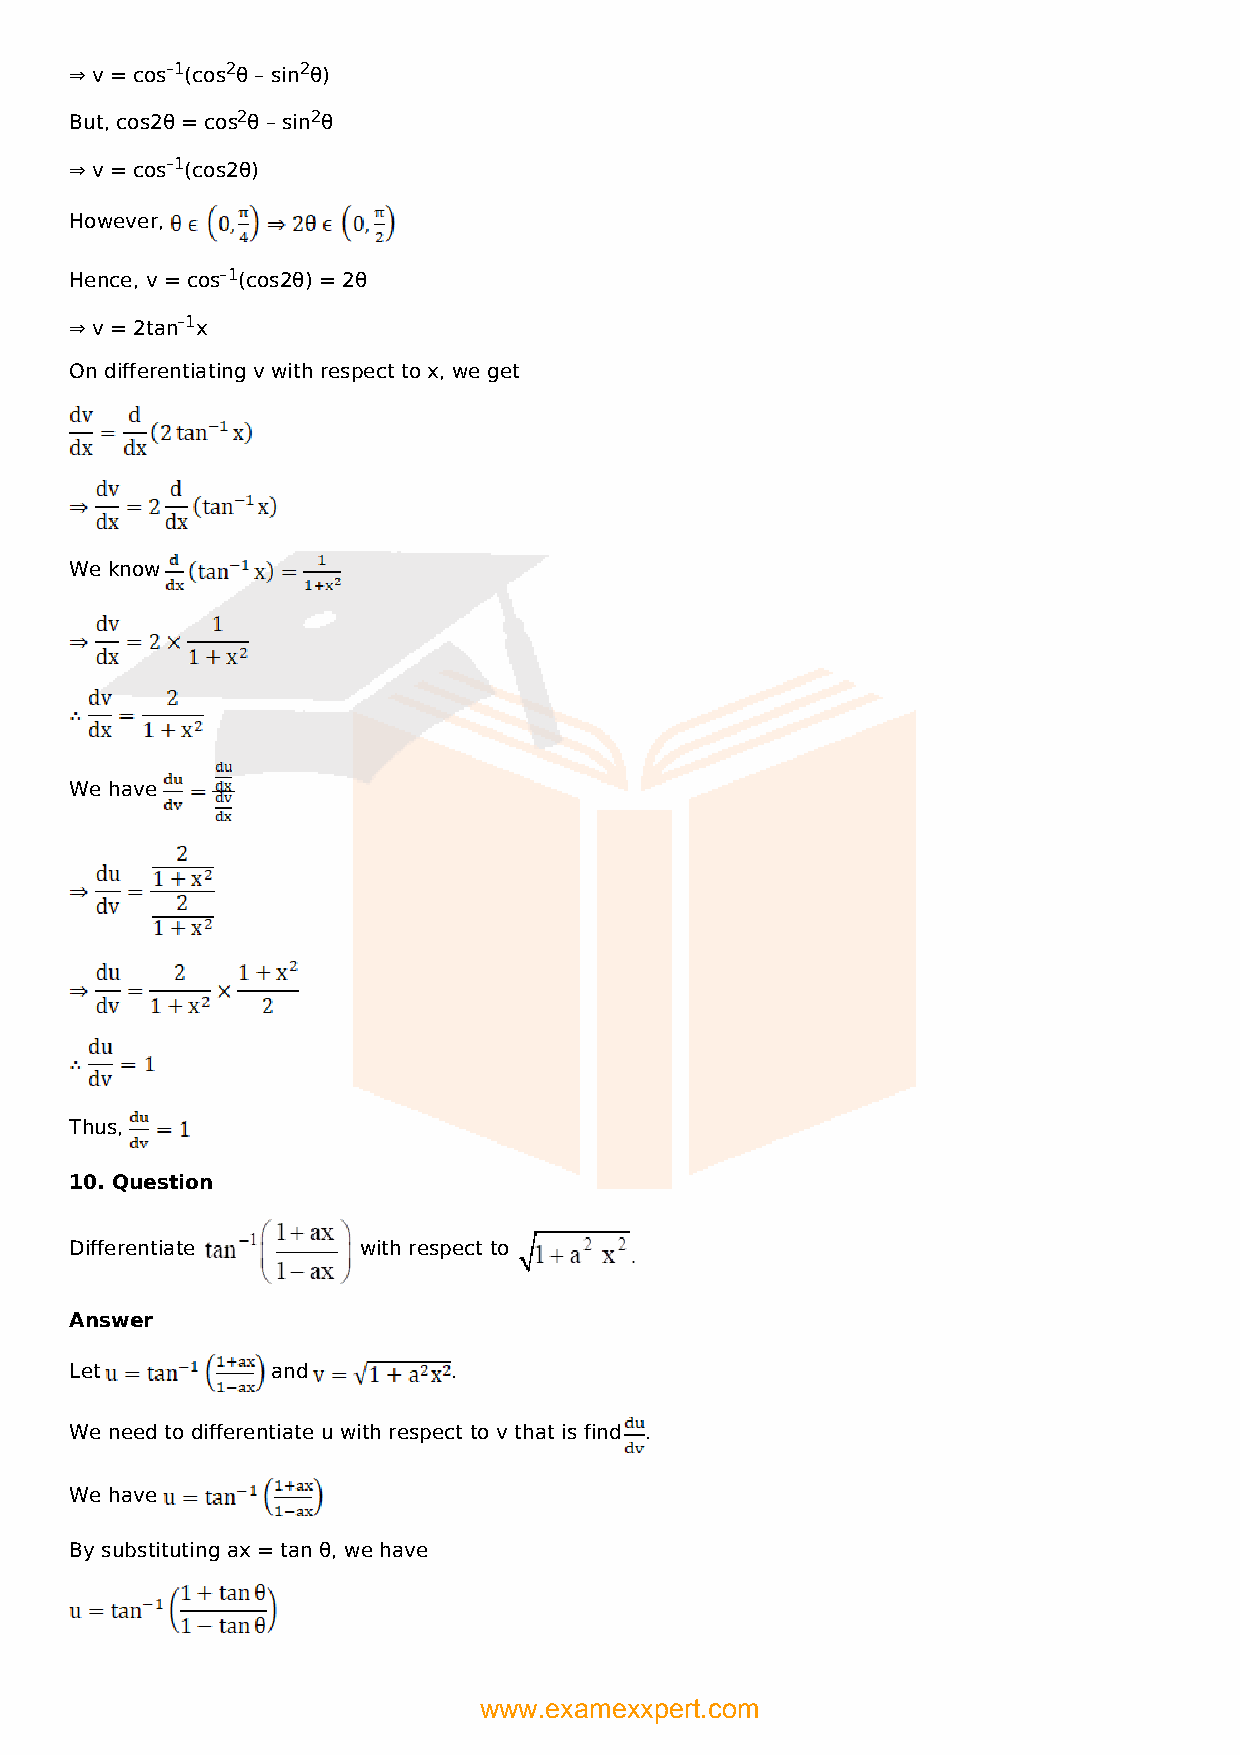
⇒ v = cos–1(cos2θ – sin2θ)
 But, cos2θ = cos2θ – sin2θ
 ⇒ v = cos–1(cos2θ)
 However,
 Hence, v = cos–1(cos2θ) = 2θ
 ⇒ v = 2tan–1x
 On differentiating v with respect to x, we get
 We know
 We have
 Thus,
 10. Question
 Differentiate      with respect to
 Answer
 Let          and         .
 We need to differentiate u with respect to v that is find .
 We have
 By substituting ax = tan θ, we have
 www.examexxpert.com